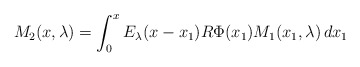
\begin{align*}M_{2}(x,\lambda) = \int_0^xE_{\lambda}(x-x_1) R \Phi(x_1) M_1(x_1,\lambda)\,dx_1\end{align*}